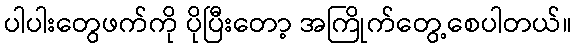
ပါပါးတွေဖက်ကို ပိုပြီးတော့ အကြိုက်တွေ့စေပါတယ်။